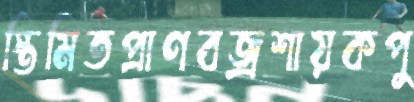
স্তিমিতপ্রাণবজ্রশায়কপু